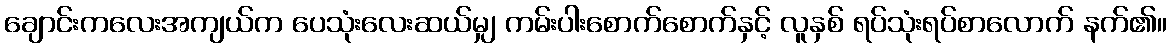
ချောင်းကလေးအကျယ်က ပေသုံးလေးဆယ်မျှ ကမ်းပါးစောက်စောက်နှင့် လူနှစ် ရပ်သုံးရပ်စာလောက် နက်၏။